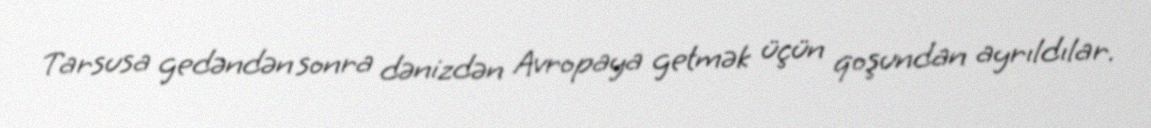
Tarsusa gedəndən sonra dənizdən Avropaya getmək üçün qoşundan ayrıldılar.